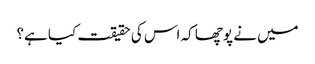
میں نے پوچھا کہ اس کی حقیقت کیا ہے؟